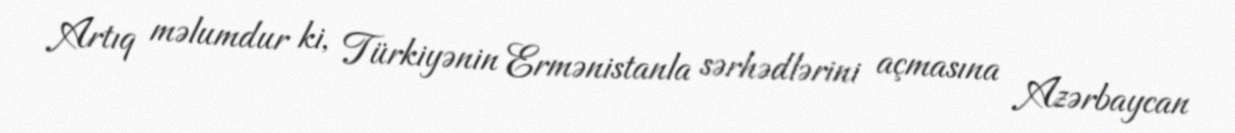
Artıq məlumdur ki, Türkiyənin Ermənistanla sərhədlərini açmasına Azərbaycan